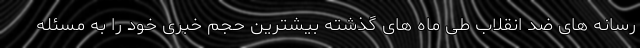
رسانه های ضد انقلاب طی ماه های گذشته بیشترین حجم خبری خود را به مسئله